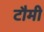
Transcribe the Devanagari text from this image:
टौमी